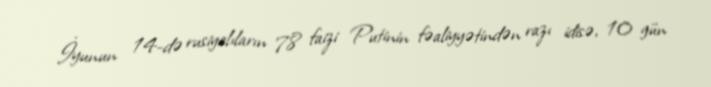
İyunun 14-də rusiyalıların 78 faizi Putinin fəaliyyətindən razı idisə, 10 gün